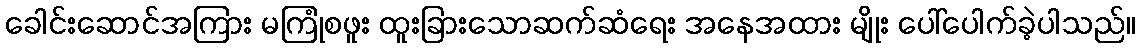
ခေါင်းဆောင်အကြား မကြုံစဖူး ထူးခြားသောဆက်ဆံရေး အနေအထား မျိုး ပေါ်ပေါက်ခဲ့ပါသည်။